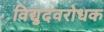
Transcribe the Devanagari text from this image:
विद्युदवरोधक